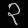
Digit: ၃